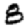
Digit: 8